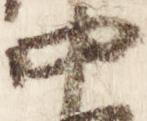
中